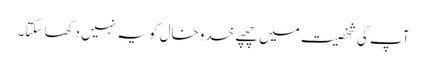
آپ کی شخصیت میں چھپے خدوخال کو یہ نہیں دکھا سکتا۔